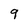
Character: 9